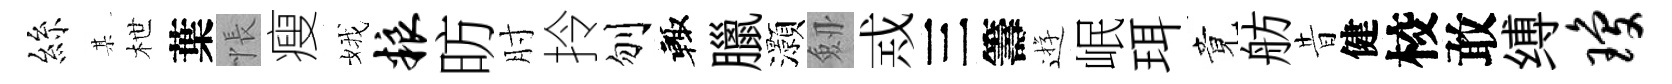
絲某枻葉悵瘦娥粮昉肘拎刎輙臘灝劔𢦶三籌逰岷珥竟舫昔健校敢缚琼